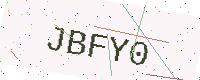
Text: JBFY0